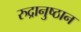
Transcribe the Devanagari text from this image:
रुद्रानुष्ठान